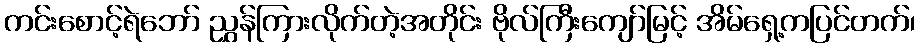
ကင်းစောင့်ရဲဘော် ညွှန်ကြားလိုက်တဲ့အတိုင်း ဗိုလ်ကြီးကျော်မြင့် အိမ်ရှေ့ကပြင်တက်၊